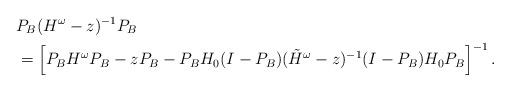
LaTeX: \begin{align*}& P_B (H^\omega-z)^{-1}P_B\\&=\left[P_{B}H^\omega P_{B}- zP_{B}-P_{B}H_0(I-P_{B})(\tilde{H}^\omega-z)^{-1}(I-P_{B})H_0P_{B}\right]^{-1}.\end{align*}